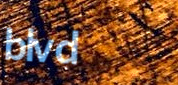
blvd